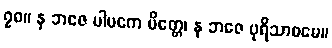
၇၈။ န ဘဇေ ပါပကေ မိတ္တေ၊ န ဘဇေ ပုရိသာဓမေ။